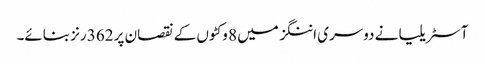
آسٹریلیا نے دوسری اننگز میں 8 وکٹوں کے نقصان پر 362 رنز بنائے۔